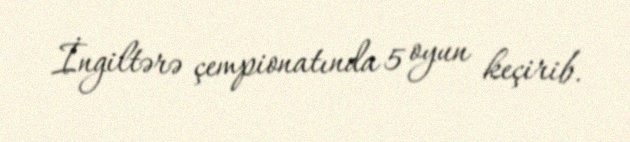
İngiltərə çempionatında 5 oyun keçirib.